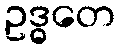
ဥဒ္ဓတေ